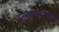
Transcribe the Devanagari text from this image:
उत्खननमाफियांवर